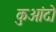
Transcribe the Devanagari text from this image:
कुआंदो